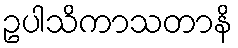
ဥပါသိကာသတာနိ